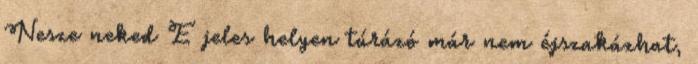
Nesze neked E jeles helyen túrázó már nem éjszakázhat,